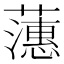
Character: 𬟉